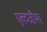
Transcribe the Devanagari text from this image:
एकजीमा